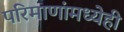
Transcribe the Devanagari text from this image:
परिमाणांमध्येही